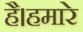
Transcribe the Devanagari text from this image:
है।हमारे